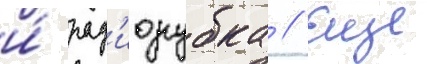
и́ рад'иорубка // Еще